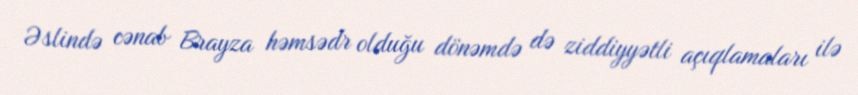
Əslində cənab Brayza həmsədr olduğu dönəmdə də ziddiyyətli açıqlamaları ilə